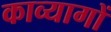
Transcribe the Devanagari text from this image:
काव्यागों